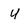
Character: U